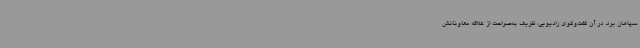
سپاهان برد. در آن گفت‌وگوی رادیویی، ظریف به‌صراحت از علاقه معاونانش